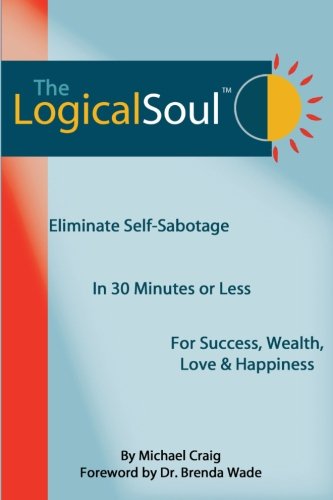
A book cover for The Logical Soul: Eliminate Self-Sabotage in 30 Minutes or Less for Success, Wealth, Love & Happiness; Michael Craig; Self-Help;